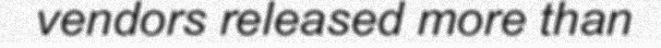
vendors released more than